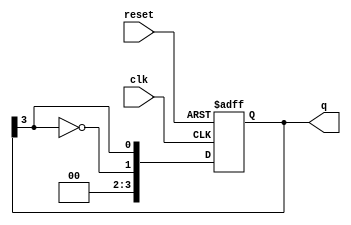
module johnson_counter #(
    parameter N = 4 // Parameter to define the number of flip-flops
)(
    input wire clk,       // Clock input
    input wire reset,     // Asynchronous reset input
    output reg [N-1:0] q // Counter output
);

// Sequential Logic Block
always @(posedge clk or posedge reset) begin
    if (reset) begin
        // Reset the counter to all zeros
        q <= {N{1'b0}};
    end else begin
        // Johnson counter logic: Shift right and feedback inverted last flip-flop output
        q <= {~q[N-1], q[N-1:N-1]}; // Invert the last bit and move other bits
    end
end

endmodule